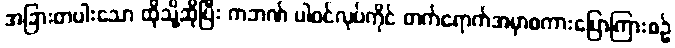
အခြားတပါးသော ထိုသို့ဆိုပြီး ကဘဏ် ပါဝင်လုပ်ကိုင် တက်ရောက်အမှာစကားပြောကြားစဉ်